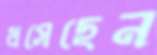
ধসেছেন